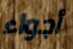
أجواء